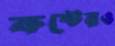
কষ্টেরও